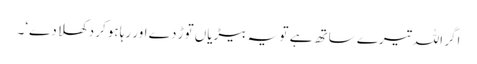
اگر اللہ تیرے ساتھ ہے تو یہ بیڑیاں توڑ دے اور رہا ہوکر دکھلا دے‘۔